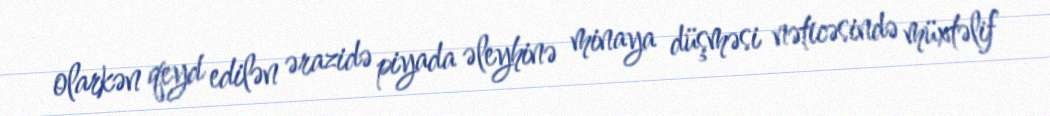
olarkən qeyd edilən ərazidə piyada əleyhinə minaya düşməsi nəticəsində müxtəlif